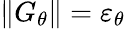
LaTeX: \| G_{\theta}\| =\varepsilon_{\theta}